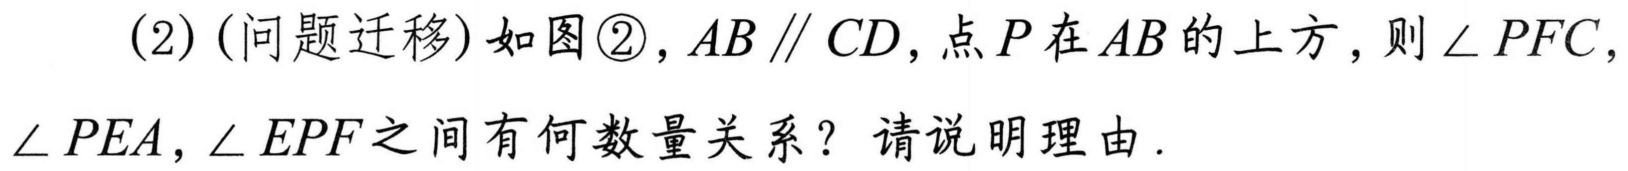
(2)(问题迁移)如图\textcircled{2}，$AB\parallel CD$，点$P$在$AB$的上方，则$\angle PFC$，$\angle PEA$，$\angle EPF$之间有何数量关系？请说明理由.